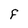
Character: F